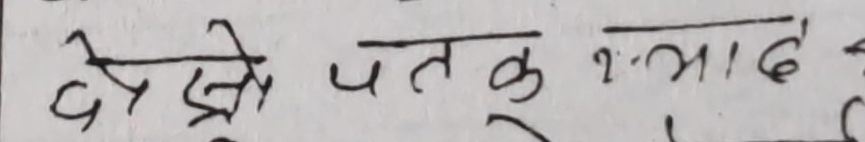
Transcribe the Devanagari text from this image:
देख्नू पतलू कत्याद?